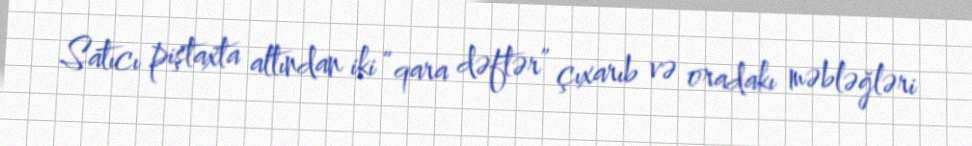
Satıcı piştaxta altından iki “qara dəftər” çıxarıb və oradakı məbləğləri